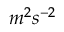
m ^ { 2 } s ^ { - 2 }